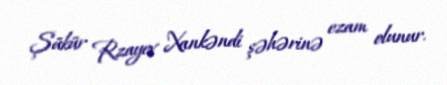
Şükür Rzayev Xankəndi şəhərinə ezam olunur.